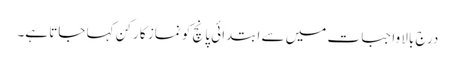
درج بالا واجبات میں سے ابتدائی پانچ کو نماز کا رکن کہا جاتا ہے۔